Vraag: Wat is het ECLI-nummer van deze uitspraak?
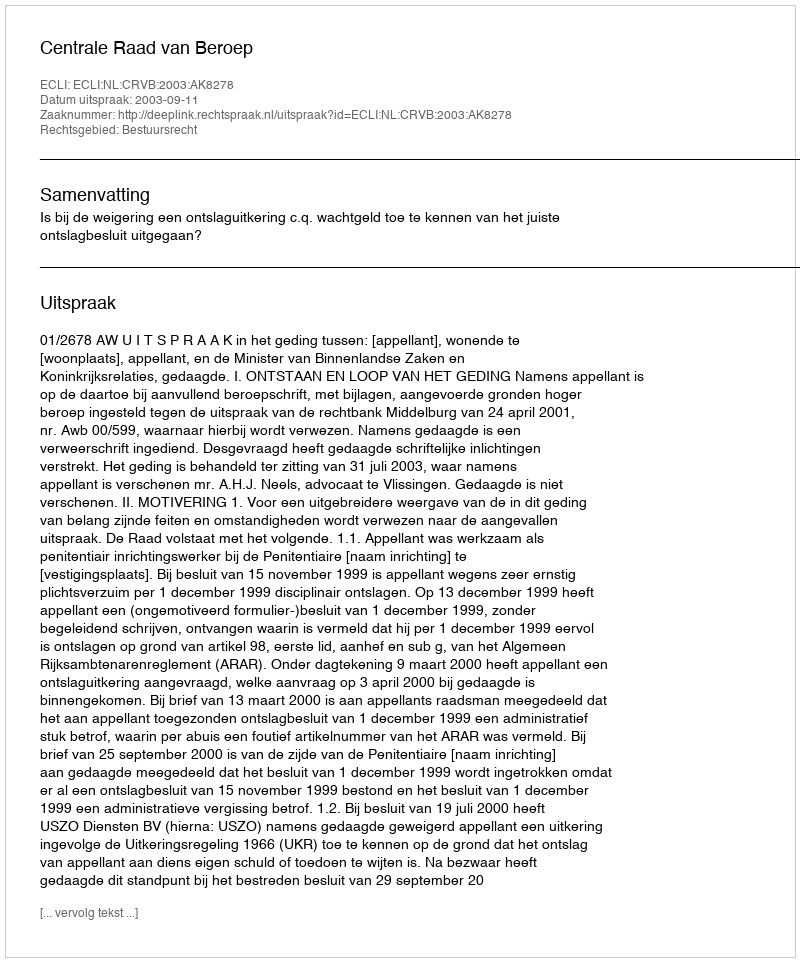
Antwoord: ECLI:NL:CRVB:2003:AK8278